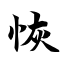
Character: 恢